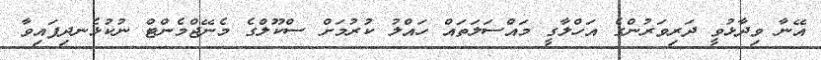
އޭނާ ވިދާޅުވީ ދަރިވަރުންގެ އަހްލާގީ މައްސަލަތައް ހައްލު ކުރުމަށް ސްކޫލްގެ މެނޭޖްމެންޓް ނުކުޅެނދިފައިވާ